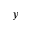
y